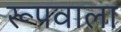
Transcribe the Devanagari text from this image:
रूपवाला